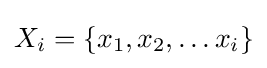
X_{i}=\{x_{1},x_{2},\dots x_{i}\}